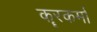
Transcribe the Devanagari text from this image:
कॄरकर्मा